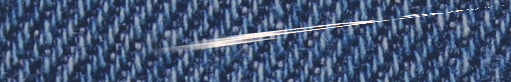
قهوة الصباح   بداية يومكم